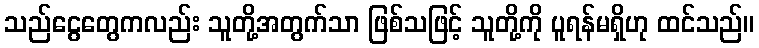
သည်ငွေတွေကလည်း သူတို့အတွက်သာ ဖြစ်သဖြင့် သူတို့ကို ပူရန်မရှိဟု ထင်သည်။